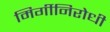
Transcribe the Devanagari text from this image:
मिर्गीनिरोधी